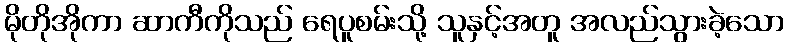
မိုတိုအိုကာ ဆာကီကိုသည် ရေပူစမ်းသို့ သူနှင့်အတူ အလည်သွားခဲ့သော